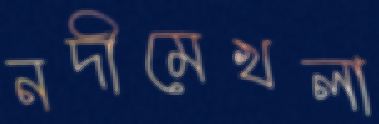
নদীমেখলা